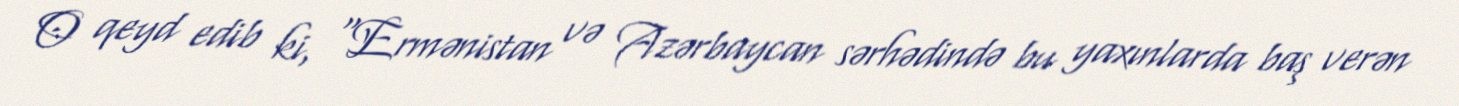
O qeyd edib ki, “Ermənistan və Azərbaycan sərhədində bu yaxınlarda baş verən